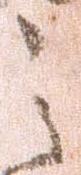
之